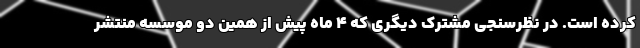
کرده است. در نظرسنجی مشترک دیگری که ۴ ماه پیش از همین دو موسسه منتشر